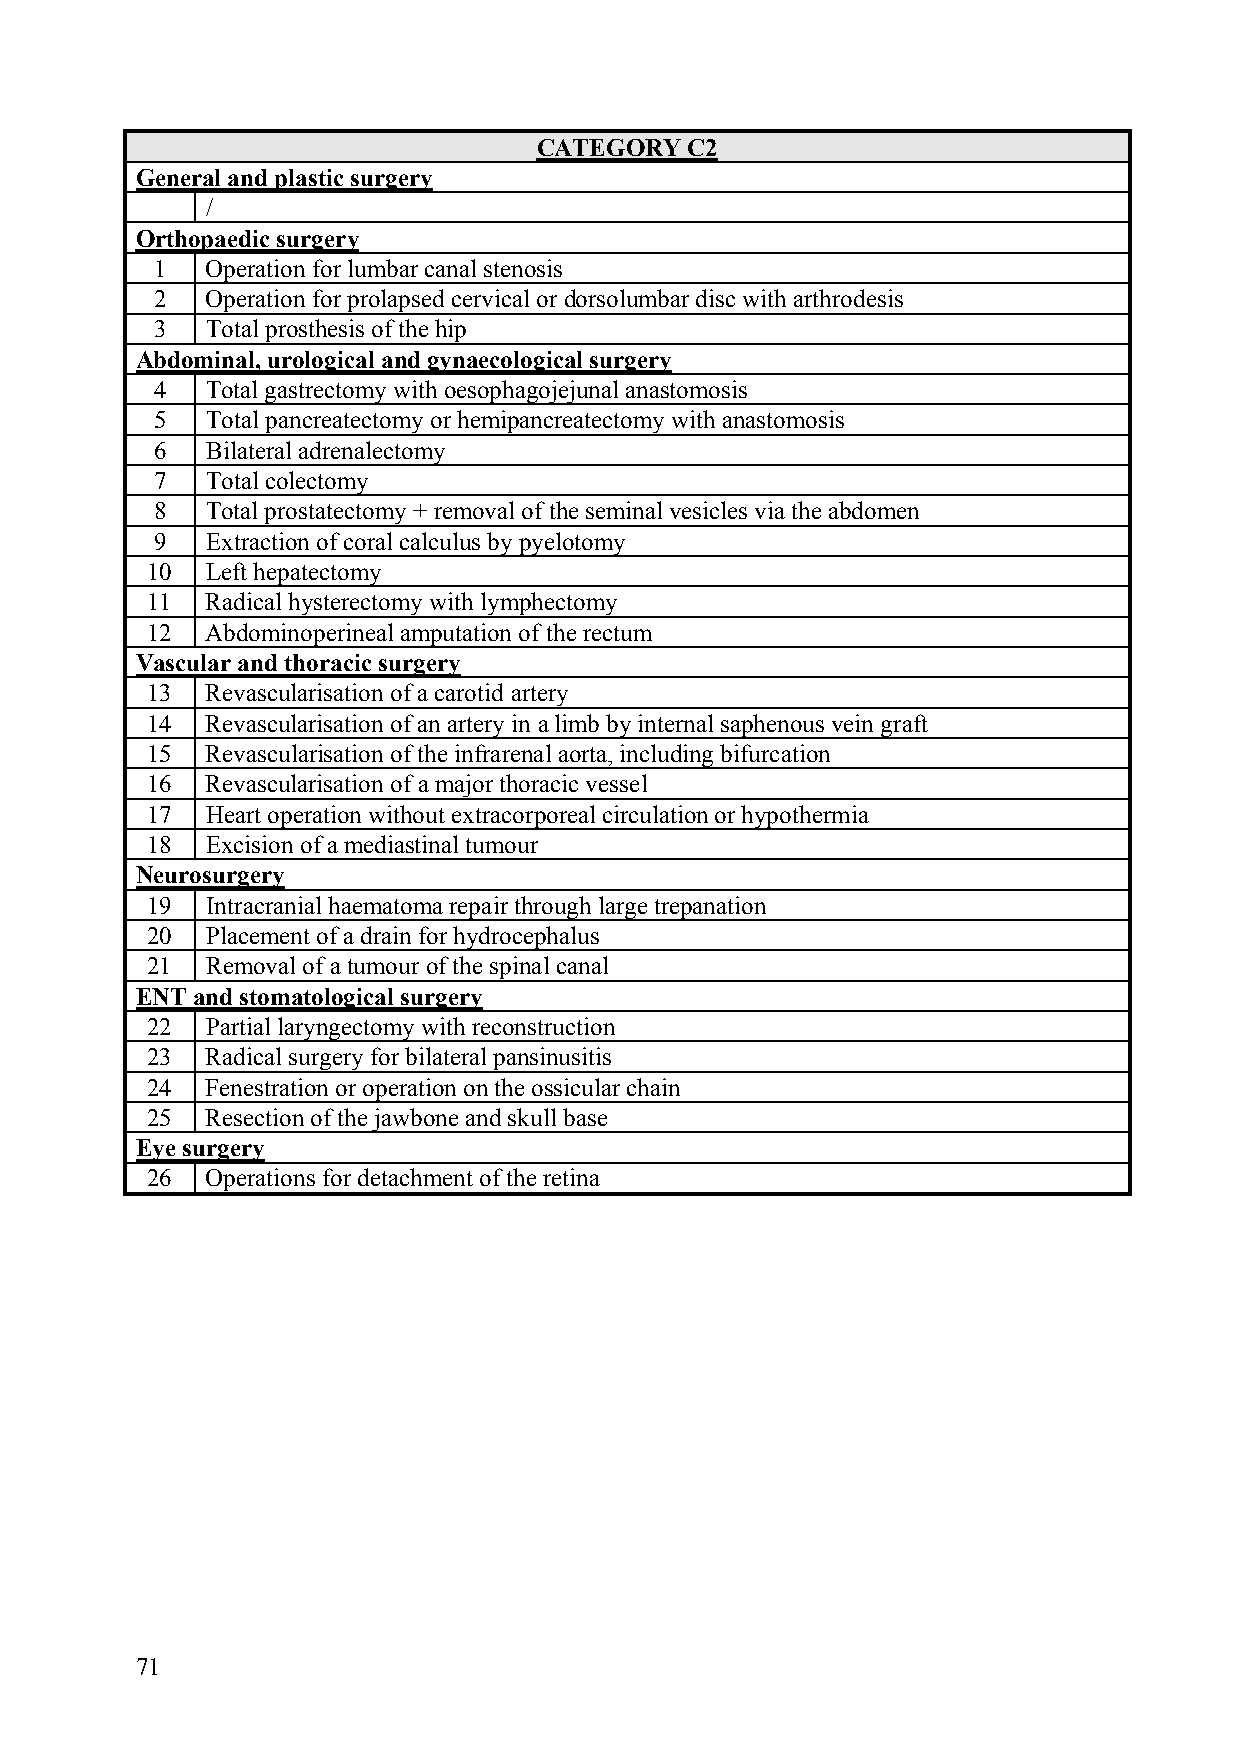
CATEGORY C2
 General and plastic surgery
 /
 Orthopaedic surgery
 1   Operation for lumbar canal stenosis
 2   Operation for prolapsed cervical or dorsolumbar disc with arthrodesis
 3   Total prosthesis of the hip
 Abdominal, urological and gynaecological surgery
 4   Total gastrectomy with oesophagojejunal anastomosis
 5   Total pancreatectomy or hemipancreatectomy with anastomosis
 6   Bilateral adrenalectomy
 7   Total colectomy
 8   Total prostatectomy + removal of the seminal vesicles via the abdomen
 9   Extraction of coral calculus by pyelotomy
 10  Left hepatectomy
 11  Radical hysterectomy with lymphectomy
 12  Abdominoperineal amputation of the rectum
 Vascular and thoracic surgery
 13  Revascularisation of a carotid artery
 14  Revascularisation of an artery in a limb by internal saphenous vein graft
 15  Revascularisation of the infrarenal aorta, including bifurcation
 16  Revascularisation of a major thoracic vessel
 17  Heart operation without extracorporeal circulation or hypothermia
 18  Excision of a mediastinal tumour
 Neurosurgery
 19  Intracranial haematoma repair through large trepanation
 20  Placement of a drain for hydrocephalus
 21  Removal of a tumour of the spinal canal
 ENT and stomatological surgery
 22  Partial laryngectomy with reconstruction
 23  Radical surgery for bilateral pansinusitis
 24  Fenestration or operation on the ossicular chain
 25  Resection of the jawbone and skull base
 Eye surgery
 26  Operations for detachment of the retina
 71